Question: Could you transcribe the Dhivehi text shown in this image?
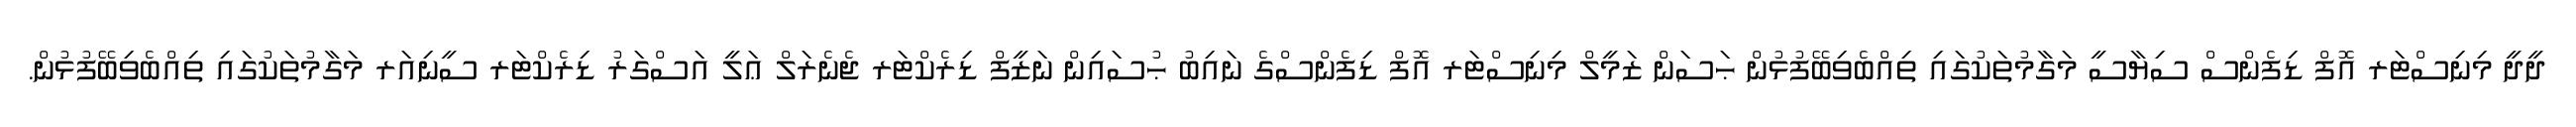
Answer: ދީދީ މިނިސްޓަރ އޮފް ޑިފެންސް ސިޔާސީ މަގާމުތަކުގައި ތިއްބެވިބޭފުޅުން ޙަސަން ޒަމީލް މިނިސްޓަރ އޮފް ޑިފެންސްގެ ނައިބު ޙުސައިން ނަޒީފް ޑިރެކްޓަރ ޖެނެރަލް ޢަލީ އަސްގަރު ޑިރެކްޓަރ ސީނިއަރ މަގާމުތަކުގައި ތިއްބެވިބޭފުޅުން.